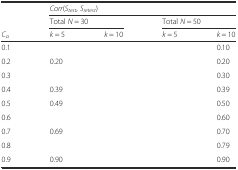
<table><thead><tr><td>[EMPTY_CELL]</td><td colspan="4"><b><i>Corr</i>(<i>S</i><sub><i>test</i></sub>, <i>S</i><sub><i>retest</i></sub>)</b></td></tr><tr><td>[EMPTY_CELL]</td><td colspan="2"><b>Total <i>N</i> = 30</b></td><td colspan="2"><b>Total <i>N</i> = 50</b></td></tr><tr><td><b><i>C</i><sub><i>α</i></sub></b></td><td><b><i>k</i> = 5</b></td><td><b><i>k</i> = 10</b></td><td><b><i>k</i> = 5</b></td><td><b><i>k</i> = 10</b></td></tr></thead><tbody><tr><td>0.1</td><td>[EMPTY_CELL]</td><td>[EMPTY_CELL]</td><td>[EMPTY_CELL]</td><td>0.10</td></tr><tr><td>0.2</td><td>0.20</td><td>[EMPTY_CELL]</td><td>[EMPTY_CELL]</td><td>0.20</td></tr><tr><td>0.3</td><td>[EMPTY_CELL]</td><td>[EMPTY_CELL]</td><td>[EMPTY_CELL]</td><td>0.30</td></tr><tr><td>0.4</td><td>0.39</td><td>[EMPTY_CELL]</td><td>[EMPTY_CELL]</td><td>0.39</td></tr><tr><td>0.5</td><td>0.49</td><td>[EMPTY_CELL]</td><td>[EMPTY_CELL]</td><td>0.50</td></tr><tr><td>0.6</td><td>[EMPTY_CELL]</td><td>[EMPTY_CELL]</td><td>[EMPTY_CELL]</td><td>0.60</td></tr><tr><td>0.7</td><td>0.69</td><td>[EMPTY_CELL]</td><td>[EMPTY_CELL]</td><td>0.70</td></tr><tr><td>0.8</td><td>[EMPTY_CELL]</td><td>[EMPTY_CELL]</td><td>[EMPTY_CELL]</td><td>0.79</td></tr><tr><td>0.9</td><td>0.90</td><td>[EMPTY_CELL]</td><td>[EMPTY_CELL]</td><td>0.90</td></tr></tbody></table>